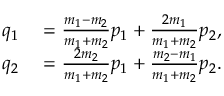
\begin{array} { r l } { q _ { 1 } } & { { } = \frac { m _ { 1 } - m _ { 2 } } { m _ { 1 } + m _ { 2 } } p _ { 1 } + \frac { 2 m _ { 1 } } { m _ { 1 } + m _ { 2 } } p _ { 2 } , } \\ { q _ { 2 } } & { { } = \frac { 2 m _ { 2 } } { m _ { 1 } + m _ { 2 } } p _ { 1 } + \frac { m _ { 2 } - m _ { 1 } } { m _ { 1 } + m _ { 2 } } p _ { 2 } . } \end{array}